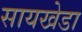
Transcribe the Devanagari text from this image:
सायखेडा